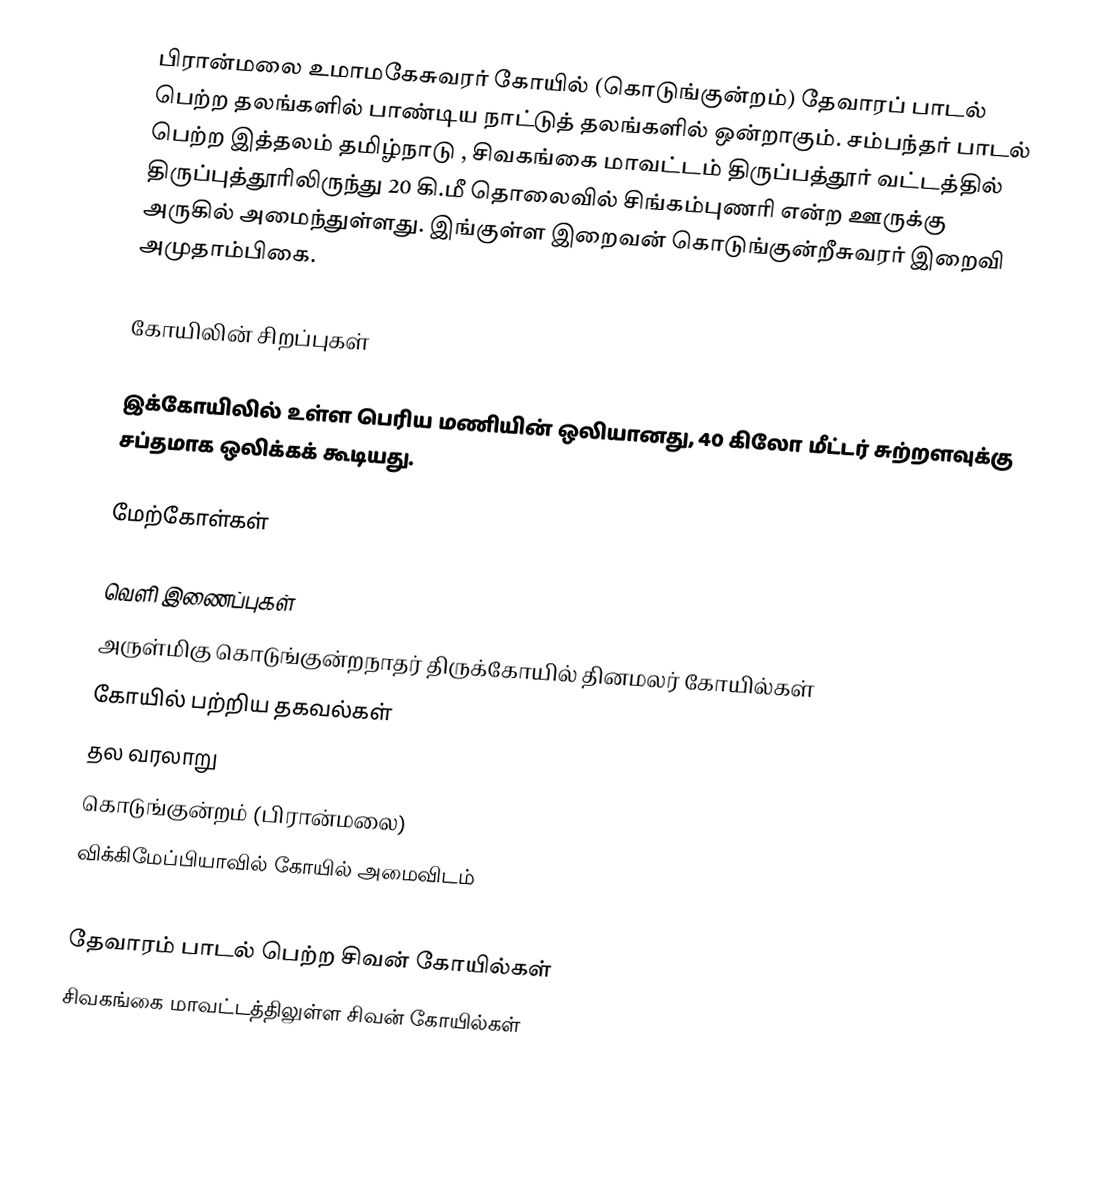
பிரான்மலை உமாமகேசுவரர் கோயில் (கொடுங்குன்றம்) தேவாரப் பாடல் பெற்ற தலங்களில்  பாண்டிய நாட்டுத் தலங்களில்  ஒன்றாகும். சம்பந்தர் பாடல் பெற்ற இத்தலம் தமிழ்நாடு , சிவகங்கை மாவட்டம் திருப்பத்தூர் வட்டத்தில் திருப்புத்தூரிலிருந்து 20 கி.மீ தொலைவில் சிங்கம்புணரி என்ற ஊருக்கு அருகில் அமைந்துள்ளது. இங்குள்ள இறைவன் கொடுங்குன்றீசுவரர் இறைவி அமுதாம்பிகை.

கோயிலின் சிறப்புகள்

இக்கோயிலில் உள்ள பெரிய மணியின் ஒலியானது, 40 கிலோ மீட்டர் சுற்றளவுக்கு சப்தமாக ஒலிக்கக் கூடியது.

மேற்கோள்கள்

வெளி இணைப்புகள்
 அருள்மிகு கொடுங்குன்றநாதர் திருக்கோயில் தினமலர் கோயில்கள்
 கோயில் பற்றிய தகவல்கள்
 தல வரலாறு
 கொடுங்குன்றம் (பிரான்மலை)
 விக்கிமேப்பியாவில் கோயில் அமைவிடம்

தேவாரம் பாடல் பெற்ற சிவன் கோயில்கள்
சிவகங்கை மாவட்டத்திலுள்ள சிவன் கோயில்கள்